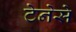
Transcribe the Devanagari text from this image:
टेनेसे